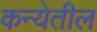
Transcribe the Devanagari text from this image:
कन्येतील